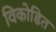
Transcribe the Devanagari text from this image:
विकोडित